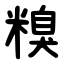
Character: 糗